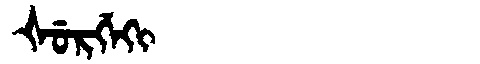
Manchu: ᡧᡠᡵᡤᡝᡴᡳ
Romanization: ŠURGEKI